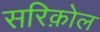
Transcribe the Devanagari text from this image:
सरिक़ोल